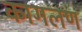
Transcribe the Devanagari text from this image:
कागलण